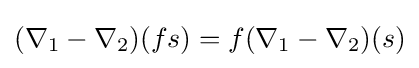
(\nabla _{1}-\nabla _{2})(fs)=f(\nabla _{1}-\nabla _{2})(s)